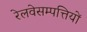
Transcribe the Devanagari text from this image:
रेलवेसम्पत्तियों